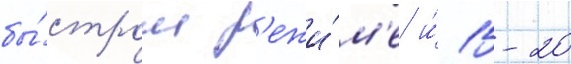
бы́стром р'ежи́м'е и́ 15-20